Vaccination in the Punjab 1883-1896 - 1883-1896
Year: 1883
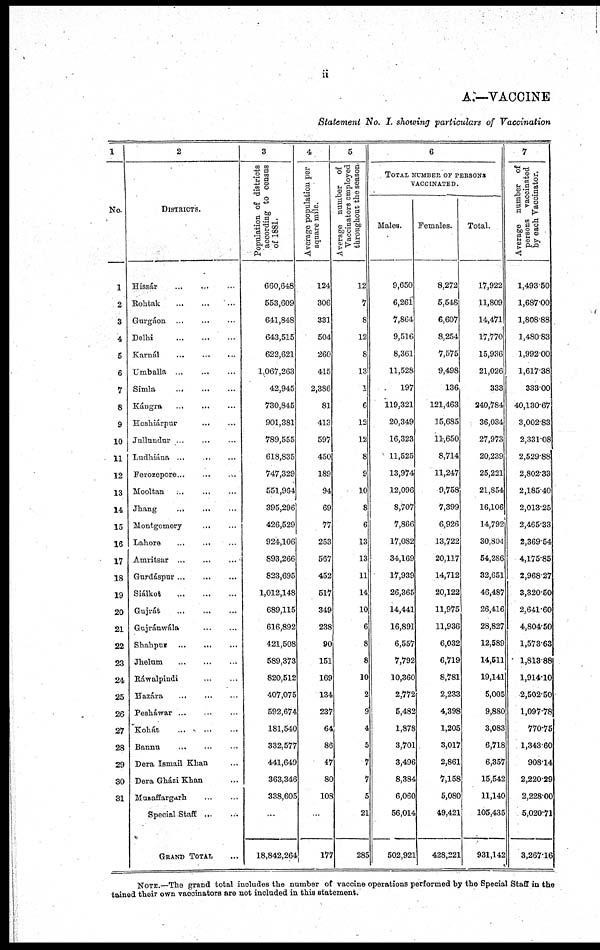
ii
A.—VACCINE
Statement No. I. showing particulars of Vaccination
1
No.
1
2
3
4
5
6
7
8
9
10
11
12
13
14
15
16
17
18
19
20
21
22
23
24
25
26
27
28
29
30
31
2
DISTRICTS.
Hissár ... ... ...
Rohtak
...
...
...
Gurgáon ... ... ...
Delhi
...
...
...
Karnál ... ... ...
Umballa
...
...
...
Simla ... ... ...
Kángra ... ... ...
Hoshiárpur ... ... ...
Jullundur ... ... ...
Ludhiána ... ... ...
Ferozepore ... ... ...
Mooltan ... ... ...
Jhang ... ... ...
Montgomery ... ... ...
Lahore ... ... ...
Amritsar ... ... ...
Gurdáspur ... ... ...
Siálkot ... ... ...
Gujrát ... ... ...
Gujránwála ... ... ...
Shahpur
...
...
...
Jhelum ... ... ...
Ráwalpindi ... ... ...
Hazára ... ... ...
Pesháwar ... ... ...
Kohát ... ... ...
Bannu ... ... ...
Dera Ismail Khan ... ... ...
Dera Gházi Khan ... ... ...
Muzaffargarh ... ... ...
Special Staff
...
...
GRAND TOTAL ...
3
Population of districts
according to census
of 1881.
660,648
553,609
641,848
643,515
622,621
1,067,263
42,945
730,845
901,381
789,555
618,835
747,329
551,964
395,296
426,529
924,106
893,266
823,695
1,012,148
689,115
616,892
421,508
589,373
820,512
407,075
592,674
181,540
332,577
441,649
363,346
338,605
...
18,842,264
4
Average population per
square mile.
124
306
331
504
260
415
2,386
81
413
597
450
189
94
69
77
253
567
452
517
349
238
80
151
169
134
237
64
86
47
80
108
...
177
5
Average number of
Vaccinators employed
throughout the season
12
7
8
12
8
13
1
6
12
12
8
9
10
8
6
13
13
11
14
10
6
8
8
10
2
9
4
5
7
7
5
21
285
6
TOTAL NUMBER OF PERSONS
VACCINATED.
Males.
9,650
6,261
7,864
9,516
8,361
11,528
197
119,321
20,349
16,323
11,525
13,974
12,096
8,707
7,866
17,082
34,169
17,939
26,365
14,441
16,891
6,557
7,792
10,360
2,772
5,482
1,878
3,701
3,496
8,384
6,060
56,014
502,921
Females.
8,272
5,548
6,607
8,254
7,575
9,498
136
121,463
15,685
11,650
8,714
11,247
9,758
7,399
6,926
13,722
20,117
14,712
20,122
11,975
11,936
6,032
6,719
8,781
2,233
4,398
1,205
3,017
2,861
7,158
5,080
49,421
428,221
Total.
17,922
11,809
14,471
17,770
15,936
21,026
333
240,784
36,034
27,973
20,239
25,221
21,854
16,106
14,792
30,804
54,286
32,651
46,487
26,416
28,827
12,589
14,511
19,141
5,005
9,880
3,083
6,718
6,357
15,542
11,140
105,435
931,142
7
Average number of
persons vaccinated
by each Vaccinator.
1,493.50
1,687.00
1,808.88
1,480.83
1,992.00
1,617.38
333.00
40,130.67
3,002.83
2,331.08
2,529.88
2,802.33
2,185.40
2,013.25
2,465.33
2,369.54
4,175.85
2,968.27
3,320.50
2,641.60
4,804.50
1,573.63
1,813.88
1,914.10
2,502.50
1,097.78
770.75
1,343.60
908.14
2,220.29
2,228.00
5,020.71
3,267.16
NOTE.—The grand total includes the number of vaccine operations performed by the Special Staff in the
tained their own vaccinators are not included in this statement.